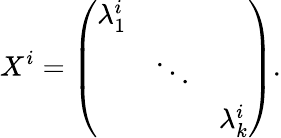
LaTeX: X^{i}=\left(\begin{array}{ccc}{{\lambda_{1}^{i}}}&{{}}&{{}}\\ {{}}&{{\ddots}}&{{}}\\ {{}}&{{}}&{{\lambda_{k}^{i}}}\end{array}\right).